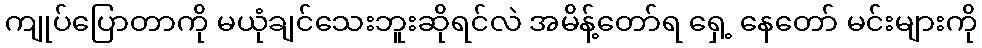
ကျုပ်ပြောတာကို မယုံချင်သေးဘူးဆိုရင်လဲ အမိန့်တော်ရ ရှေ့ နေတော် မင်းများကို